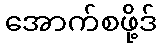
အောက်စဖို့ဒ်